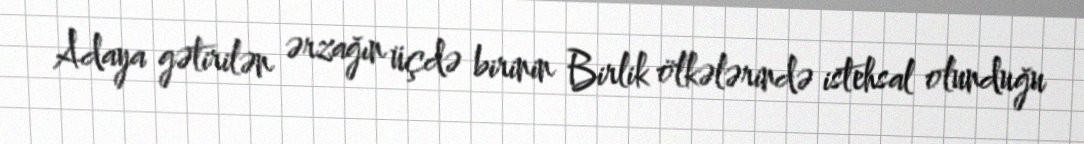
Adaya gətirilən ərzağın üçdə birinin Birlik ölkələrində istehsal olunduğu